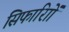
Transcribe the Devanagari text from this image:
सिफारिाों